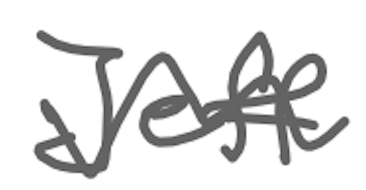
Text: Jeff
Cross-out: wave
Writing tool: digital_gray